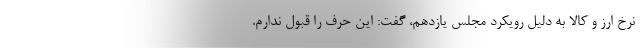
نرخ ارز و کالا به دلیل رویکرد مجلس یازدهم، گفت: این حرف را قبول ندارم.